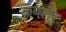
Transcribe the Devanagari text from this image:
कवलूर